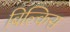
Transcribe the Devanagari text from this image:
बिल्किस